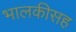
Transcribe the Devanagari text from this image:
भालकीसह